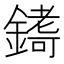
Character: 𮢷